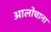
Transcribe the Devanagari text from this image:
आलोचाना